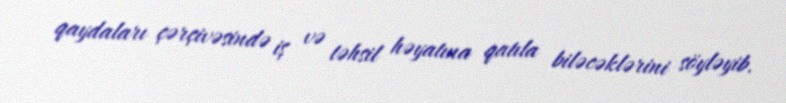
qaydaları çərçivəsində iş və təhsil həyatına qatıla biləcəklərini söyləyib.